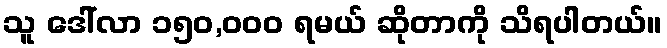
သူ ဒေါ်လာ ၁၅၀,၀၀၀ ရမယ် ဆိုတာကို သိရပါတယ်။